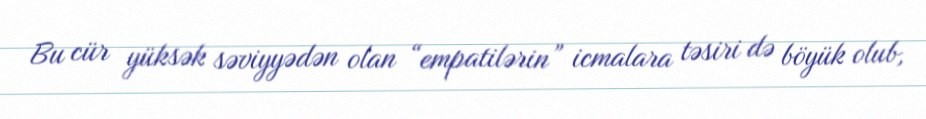
Bu cür yüksək səviyyədən olan “empatilərin” icmalara təsiri də böyük olub,